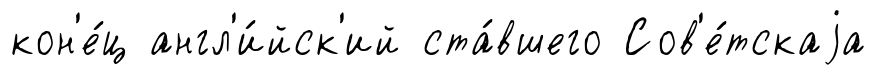
кон'е́ц англ'и́йск'ий ста́вшего Сов'е́тскаjа